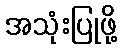
အသုံးပြုဖို့